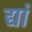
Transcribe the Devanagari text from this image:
द्यां